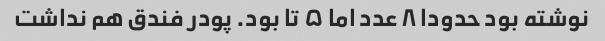
نوشته بود حدودا ۸ عدد اما ۵ تا بود. پودر فندق هم نداشت